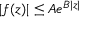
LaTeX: | f ( z ) | \leq A e ^ { B | z | }